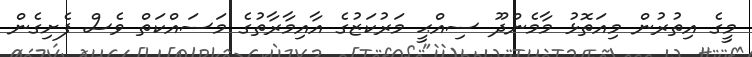
މީގެ އިތުރުން މިއަތޮޅު މާމެންދޫ ސިއްޙީ މަރުކަޒުގެ އާއިމާރާތުގެ މަސައްކަތް ވެސް ފެށިގެން